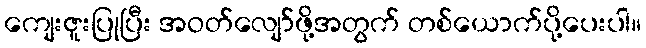
ကျေးဇူးပြုပြီး အဝတ်လျော်ဖို့အတွက် တစ်ယောက်ပို့ပေးပါ။